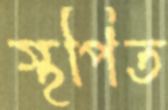
স্থপিত